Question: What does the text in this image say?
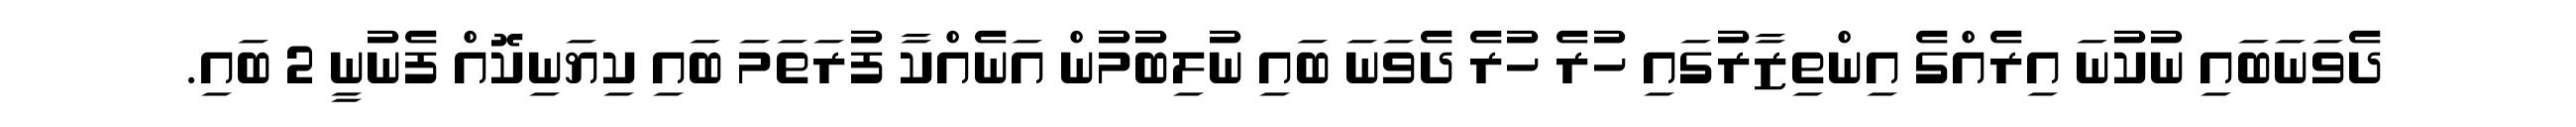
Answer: ދެވަނަބައި ނުކުނަ އިރެއްގެ އިންތިޒާރުގައި ހުރެ ހުރެ ދެވަނަ ބައި ނުލިބުމުން އަނެއްކާ ފުރަތަމަ ބައި ކިޔަނިކޮއް ފެނުނީ 2 ބައި.